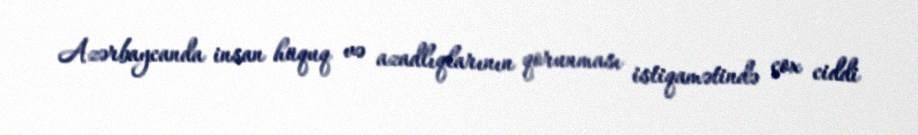
Azərbaycanda insan hüquq və azadlıqlarının qorunması istiqamətində çox ciddi